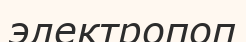
электропоп